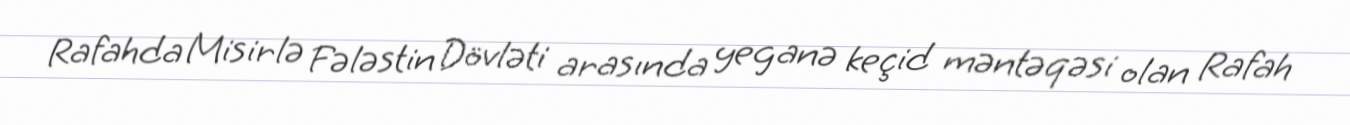
Rafahda Misirlə Fələstin Dövləti arasında yeganə keçid məntəqəsi olan Rafah